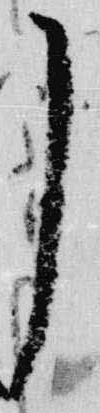
了